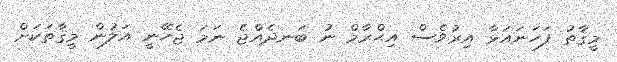
މީޤާތު ފަހަނައަޅާ އިރުވެސް އިޙްރާމް ނު ބަނދެއްޖެ ނަމަ ޖެހޭނީ އަލުން މީޤާތަކަށް